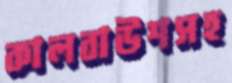
কালবাউশসহ